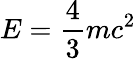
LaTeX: E=\frac{4}{3}mc^{2}